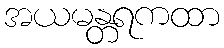
အယမန္တရကထာ